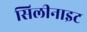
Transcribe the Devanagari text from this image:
सिलीनाइट